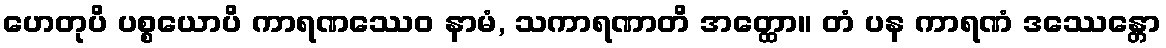
ဟေတုပိ ပစ္စယောပိ ကာရဏဿေဝ နာမံ, သကာရဏာတိ အတ္ထော။ တံ ပန ကာရဏံ ဒဿေန္တော